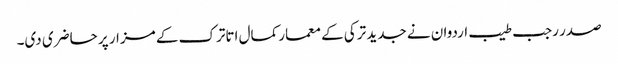
صدر رجب طیب اردوان نے جدید ترکی کے معمار کمال اتاترک کے مزار پر حاضری دی۔